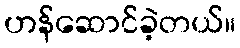
ဟန်ဆောင်ခဲ့တယ်။